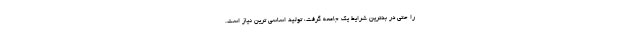
را حتی در بدترین شرایط یک جامعه گرفت، تولید اساسی ترین نیاز است.